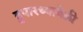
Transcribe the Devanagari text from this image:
दुपारच्यावेळी